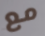
مع